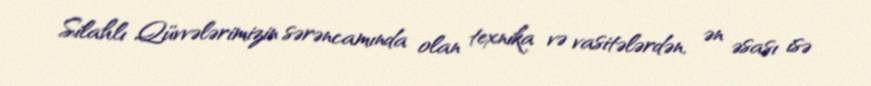
Silahlı Qüvvələrimizin sərəncamında olan texnika və vasitələrdən, ən əsası isə